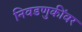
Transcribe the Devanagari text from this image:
निवडणुकींवर